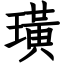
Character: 璜